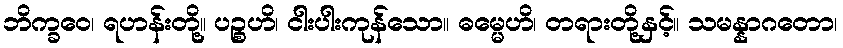
ဘိက္ခဝေ၊ ရဟန်းတို့။ ပဉ္စဟိ၊ ငါးပါးကုန်သော။ ဓမ္မေဟိ၊ တရားတို့နှင့်။ သမန္နာဂတော၊